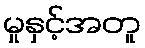
မှုနှင့်အတူ